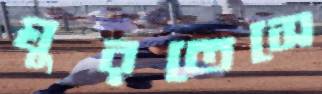
ঘুরতেসে